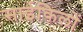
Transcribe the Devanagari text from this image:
साईकिलों